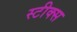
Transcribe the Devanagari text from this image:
स्टीक्स